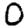
Digit: 0